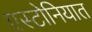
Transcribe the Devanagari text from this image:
एस्टोनियात